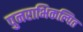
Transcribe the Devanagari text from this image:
पुनराभिकल्पित